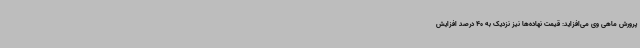
پرورش ماهی وی می‌افزاید: قیمت نهاده‌ها نیز نزدیک به 40 درصد افزایش